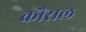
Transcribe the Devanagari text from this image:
कौसल